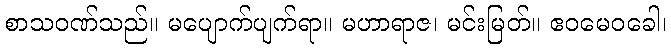
စာသဝဏ်သည်။ မပျောက်ပျက်ရာ။ မဟာရာဇ၊ မင်းမြတ်။ ဧဝမေဝခေါ၊